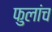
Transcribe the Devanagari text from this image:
फुलांच